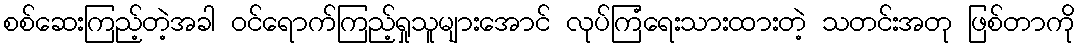
စစ်ဆေးကြည့်တဲ့အခါ ဝင်ရောက်ကြည့်ရှုသူများအောင် လုပ်ကြံရေးသားထားတဲ့ သတင်းအတု ဖြစ်တာကို